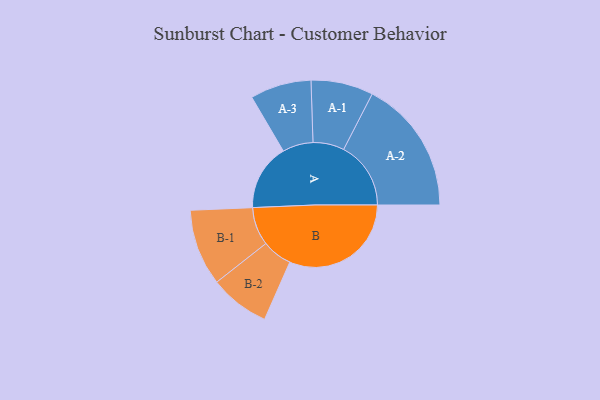
{"axis": {"x": "Segment", "y": "Value"}, "legend": ["", "A", "B"], "data": [{"x": "A", "y": 243, "type": ""}, {"x": "B", "y": 446, "type": ""}, {"x": "A-1", "y": 114, "type": "A"}, {"x": "A-2", "y": 246, "type": "A"}, {"x": "A-3", "y": 112, "type": "A"}, {"x": "B-1", "y": 140, "type": "B"}, {"x": "B-2", "y": 110, "type": "B"}]}